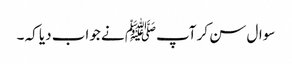
سوال سن کر آپﷺ نے جواب دیا کہ ۔